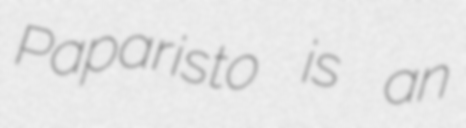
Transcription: Paparisto is an